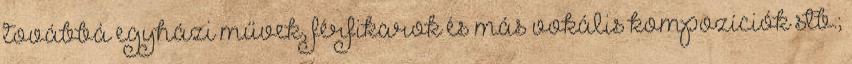
továbbá egyházi művek, férfikarok és más vokális kompozíciók stb.;